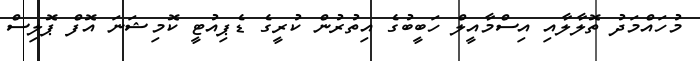
މުހައްމަދު ތޮލާލާއި އިސްމާއީލް ހަބީބުގެ އިތުރުން ކުރީގެ ޑެޕިއުޓީ ކޮމިޝަނަ އޮފް ޕޮލިސް